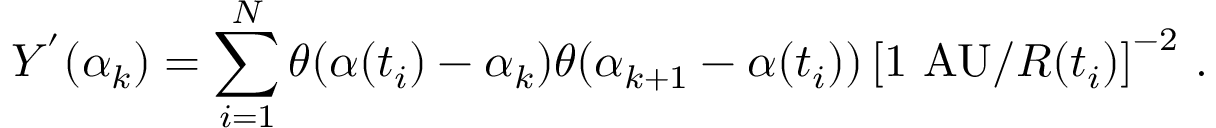
Y ^ { ' } ( \alpha _ { k } ) = \sum _ { i = 1 } ^ { N } \theta ( \alpha ( t _ { i } ) - \alpha _ { k } ) \theta ( \alpha _ { k + 1 } - \alpha ( t _ { i } ) ) \left[ 1 ~ \mathrm { A U } / R ( t _ { i } ) \right] ^ { - 2 } \, .